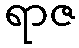
ရာဇ